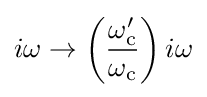
i\omega \to \left({\frac {\omega _{\text{c}}'}{\omega _{\text{c}}}}\right)i\omega